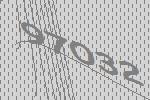
97032